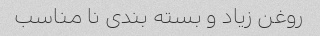
روغن زیاد و بسته بندی نا مناسب